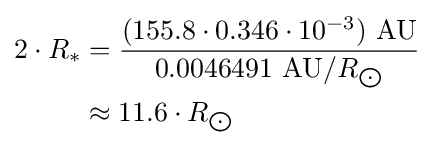
{\begin{aligned}2\cdot R_{*}&={\frac {(155.8\cdot 0.346\cdot 10^{-3})\ {\text{AU}}}{0.0046491\ {\text{AU}}/R_{\bigodot }}}\\&\approx 11.6\cdot R_{\bigodot }\end{aligned}}